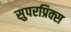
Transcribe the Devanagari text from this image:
सुपरप्रिक्स